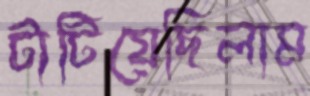
টাটিয়েছিলাম